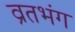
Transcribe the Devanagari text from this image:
व्रतभंग